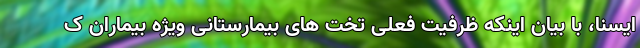
ایسنا، با بیان اینکه ظرفیت فعلی تخت های بیمارستانی ویژه بیماران ک